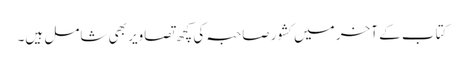
کتاب کے آخر میں کشور صاحبہ کی کچھ تصاویر بھی شامل ہیں۔